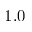
1 . 0